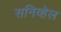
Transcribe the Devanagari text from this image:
सनिव्हेल